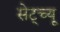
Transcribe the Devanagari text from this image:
सेट्च्यू